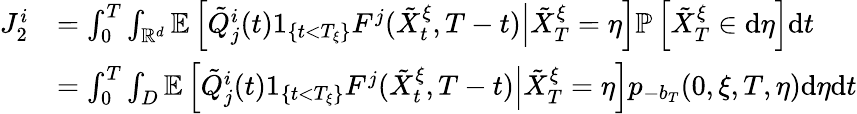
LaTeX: \begin{array}{rl}{J_{2}^{i}}&{=\int_{0}^{T}\int_{\mathbb{R}^{d}}\mathbb{E}\left[\left.\tilde{Q}_{j}^{i}(t)1_{\{ t<T_{\xi}\} }F^{j}(\tilde{X}_{t}^{\xi},T-t)\right|\tilde{X}_{T}^{\xi}=\eta\right]\mathbb{P}\left[\tilde{X}_{T}^{\xi}\in\mathrm{d}\eta\right]\mathrm{d}t}\\ &{=\int_{0}^{T}\int_{D}\mathbb{E}\left[\left.\tilde{Q}_{j}^{i}(t)1_{\{ t<T_{\xi}\} }F^{j}(\tilde{X}_{t}^{\xi},T-t)\right|\tilde{X}_{T}^{\xi}=\eta\right]p_{-b_{T}}(0,\xi,T,\eta)\mathrm{d}\eta\mathrm{d}t}\end{array}